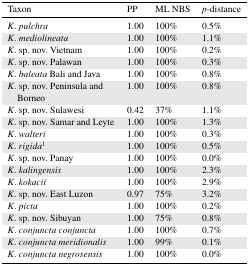
<table><thead><tr><td><b>Taxon</b></td><td><b>PP</b></td><td><b>ML NBS</b></td><td><b><i>p</i>-distance</b></td></tr></thead><tbody><tr><td><i>K. pulchra</i></td><td>1.00</td><td>100%</td><td>0.5%</td></tr><tr><td><i>K. mediolineata</i></td><td>1.00</td><td>100%</td><td>1.1%</td></tr><tr><td><i>K</i>. sp. nov. Vietnam</td><td>1.00</td><td>100%</td><td>0.2%</td></tr><tr><td><i>K</i>. sp. nov. Palawan</td><td>1.00</td><td>100%</td><td>0.3%</td></tr><tr><td><i>K. baleata</i> Bali and Java</td><td>1.00</td><td>100%</td><td>0.8%</td></tr><tr><td><i>K</i>. sp. nov. Peninsula and Borneo</td><td>1.00</td><td>100%</td><td>0.8%</td></tr><tr><td><i>K</i>. sp. nov. Sulawesi</td><td>0.42</td><td>37%</td><td>1.1%</td></tr><tr><td><i>K</i>. sp. nov. Samar and Leyte</td><td>1.00</td><td>100%</td><td>1.3%</td></tr><tr><td><i>K. walteri</i></td><td>1.00</td><td>100%</td><td>0.3%</td></tr><tr><td><i>K. rigida</i>1</td><td>1.00</td><td>100%</td><td>0.5%</td></tr><tr><td><i>K</i>. sp. nov. Panay</td><td>1.00</td><td>100%</td><td>0.0%</td></tr><tr><td><i>K. kalingensis</i></td><td>1.00</td><td>100%</td><td>2.3%</td></tr><tr><td><i>K. kokacii</i></td><td>1.00</td><td>100%</td><td>2.9%</td></tr><tr><td><i>K</i>. sp. nov. East Luzon</td><td>0.97</td><td>75%</td><td>3.2%</td></tr><tr><td><i>K. picta</i></td><td>1.00</td><td>100%</td><td>0.2%</td></tr><tr><td><i>K</i>. sp. nov. Sibuyan</td><td>1.00</td><td>75%</td><td>0.8%</td></tr><tr><td><i>K. conjuncta conjuncta</i></td><td>1.00</td><td>100%</td><td>0.7%</td></tr><tr><td><i>K. conjuncta meridionalis</i></td><td>1.00</td><td>99%</td><td>0.1%</td></tr><tr><td><i>K. conjuncta negrosensis</i></td><td>1.00</td><td>100%</td><td>0.0%</td></tr></tbody></table>